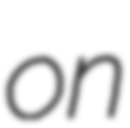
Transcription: on